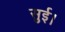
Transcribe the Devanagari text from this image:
सुई।